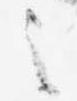
之